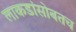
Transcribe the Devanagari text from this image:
लाकडांसोबतच